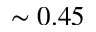
\sim 0 . 4 5